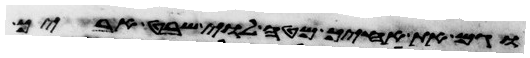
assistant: וגם את אחיך מטה לוי שבט אביך